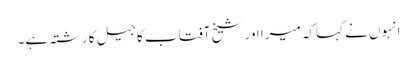
انہوں نے کہاکہ میرا اور شیخ آفتاب کا جیل کا رشتہ ہے۔